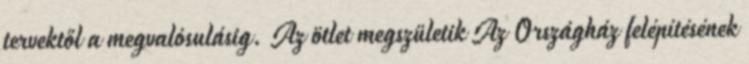
tervektől a megvalósulásig. Az ötlet megszületik Az Országház felépítésének